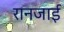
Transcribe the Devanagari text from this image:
रानजाई